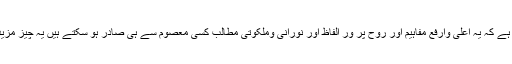
علاوہ ازیں جب ہم اس دعا کے مطالب پر غور کرتے ہیں تو روشن ہوتا ہے کہ یہ اعلیٰ وارفع مفاہیم اور روح پر ور الفاظ اور نورانی وملکوتی مطالب کسی معصوم سے ہی صادر ہو سکتے ہیں یہ چیز مزید تاکید کرتی ہے یہ دعا آئمہ ہدی ؑ میں سے کسی ایک سے نقل شدہ ہے ۔